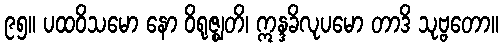
၉၅။ ပထဝိသမော နော ဝိရုဇ္ဈတိ၊ ဣန္ဒခိလုပမော တာဒိ သုဗ္ဗတော။